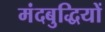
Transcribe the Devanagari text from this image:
मंदबुद्धियों